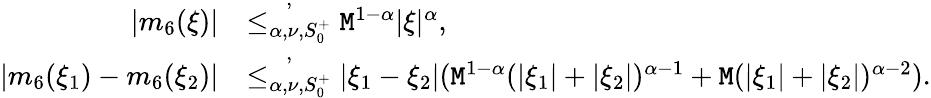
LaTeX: \begin{array}{rl}{|m_{6}(\xi)|}&{\overset{,}{\le_{\alpha,\nu,S_{0}^{+}}}\mathtt{M}^{1-\alpha}|\xi|^{\alpha},}\\ {|m_{6}(\xi_{1})-m_{6}(\xi_{2})|}&{\overset{,}{\le_{\alpha,\nu,S_{0}^{+}}}|\xi_{1}-\xi_{2}|(\mathtt{M}^{1-\alpha}(|\xi_{1}|+|\xi_{2}|)^{\alpha-1}+\mathtt{M}(|\xi_{1}|+|\xi_{2}|)^{\alpha-2}).}\end{array}